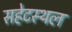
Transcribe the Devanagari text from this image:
सहेटस्थल